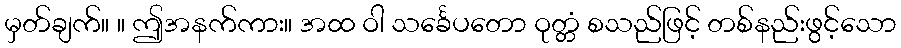
မှတ်ချက်။ ။ ဤအနက်ကား။ အထ ဝါ သင်္ခေပတော ဝုတ္တံ စသည်ဖြင့် တစ်နည်းဖွင့်သော